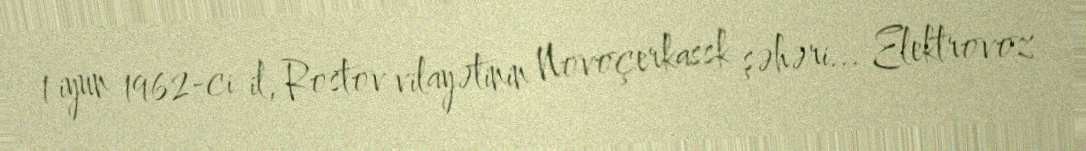
1 iyun 1962-ci il, Rostov vilayətinin Novoçerkassk şəhəri... Elektrovoz